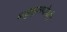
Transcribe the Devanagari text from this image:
धातुसूत्रगणोणादि